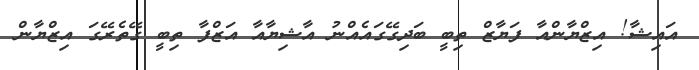
އައިޝާ! އިޒްޔާންއާ ފަޔާޒް ތިބީ ބަދިގޭގައެއްނު އާޝިޔާއާ އަޒްފާ ތިބީ ގޭތެރޭގަ އިޒްޔާން